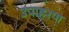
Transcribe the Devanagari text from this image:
उपाहरण